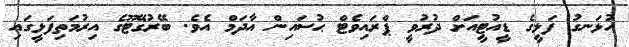
ހުޅަނގު ފަޅީގެ ޑީއުޓީއަށް ދުރުވީ ޕްރައިވެޓް ޙުސައިން އާދަމް އެވެ. ބޭރުގޭޓޫގެ އިރުމަތިފަޅީގައި